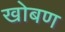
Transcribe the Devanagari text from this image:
खोबण